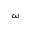
\omega